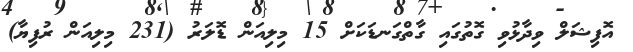
އޮފިޝަލް ވިދާޅުވި ގޮތުގައި ގާތްގަނޑަކަށް 15 މިލިއަން ޑޮލަރު (231 މިލިއަން ރުފިޔާ)